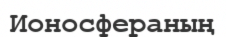
Ионосфераның